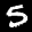
Label: 5